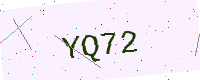
Text: YQ72